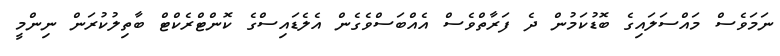
ނަމަވެސް މައްސަލައިގެ ބޮޑުކަމުން ދެ ފަރާތްވެސް އެއްބަސްވެގެން އެލެޑައިސްގެ ކޮންޓްރެކްޓް ބާތިލުކުރަން ނިންމީ